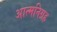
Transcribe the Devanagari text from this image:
आत्मनिग्रह